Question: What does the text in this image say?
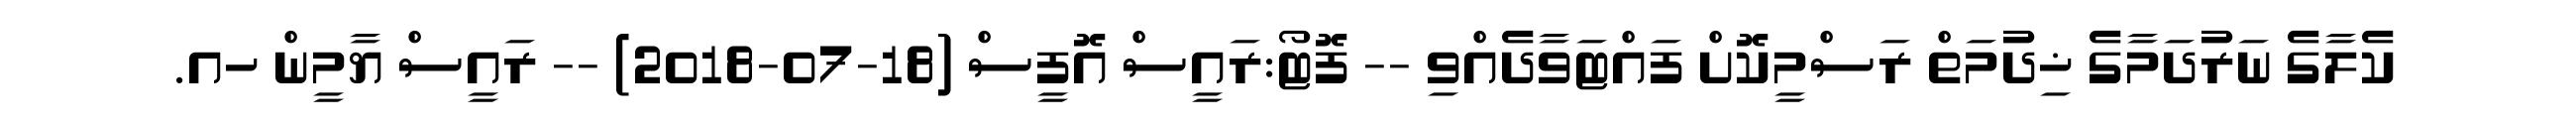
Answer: ކެލާގެ ނަރުދަމާގެ ޚިދުމަތް ރަސްމީކޮށް ފައްޓަވާދެއްވި -- ފޮޓޯ:ރައީސް އޮފީސް (18-07-2018) -- ރައީސް ޔާމީން ހއ.